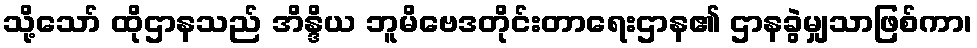
သို့သော် ထိုဌာနသည် အိန္ဒိယ ဘူမိဗေဒတိုင်းတာရေးဌာန၏ ဌာနခွဲမျှသာဖြစ်ကာ၊